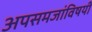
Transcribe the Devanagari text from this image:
अपसमजांविषयी